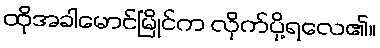
ထိုအခါမောင်မြိုင်က လိုက်ပို့ရလေ၏။